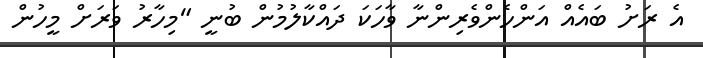
އެ ރަށު ބައެއް އަންހެންވެރިންނާ ވާހަކަ ދައްކާލުމުން ބުނީ "މިހާރު ވަރަށް މީހުން